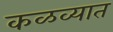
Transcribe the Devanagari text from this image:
कळव्यात